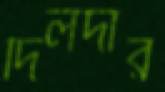
দিলদার